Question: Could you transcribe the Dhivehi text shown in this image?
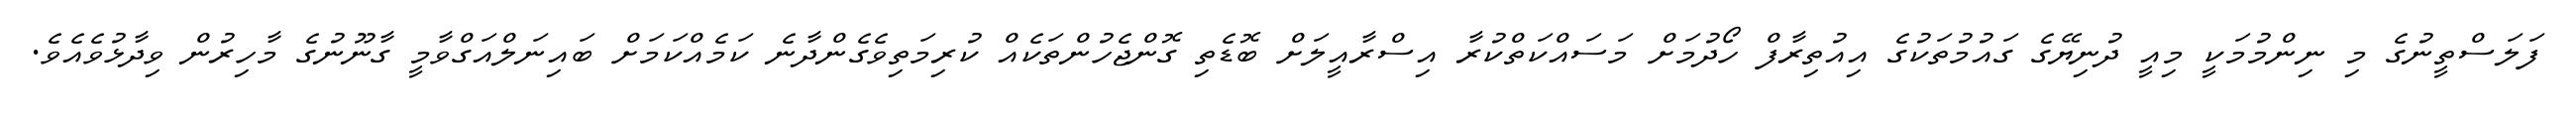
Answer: ފަލަސްތީނުގެ މި ނިންމުމަކީ މިއީ ދުނިޔޭގެ ގައުމުތަކުގެ އިއުތިރާފް ހޯދުމަށް މަސައްކަތްކުރާ އިސްރާއީލަށް ބޮޑެތި ގޮންޖެހުންތަކެއް ކުރިމަތިވެގެންދާނެ ކަމެއްކަމަށް ބައިނަލްއަގްވާމީ ގާނޫނުގެ މާހިރުން ވިދާޅުވެއެވެ.